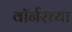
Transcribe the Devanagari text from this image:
वॉर्नरच्या